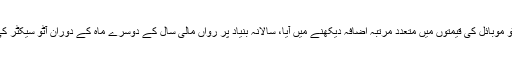
پاکستانی کرنسی کی قدر میں کمی کی وجہ سے آٹو موبائل کی قیمتوں میں متعدد مرتبہ اضافہ دیکھنے میں آیا، سالانہ بنیاد پر رواں مالی سال کے دوسرے ماہ کے دوران آٹو سیکٹر کی تقریبا ہر قسم کی رجسٹرڈ فروخت میں کمی آئی۔